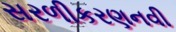
સરળીકરણનવી